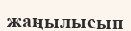
жаңылысып